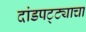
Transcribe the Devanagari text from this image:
दांडपट्ट्याचा